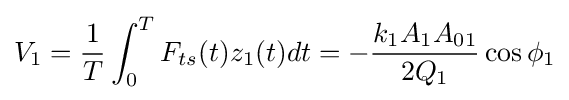
V_{1}={\frac {1}{T}}\int _{0}^{T}F_{ts}(t)z_{1}(t)dt=-{\frac {k_{1}A_{1}A_{01}}{2Q_{1}}}\cos {\phi _{1}}